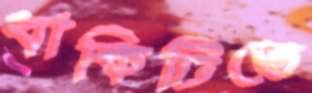
বাকিটিতে